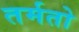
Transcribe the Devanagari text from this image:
तर्मतो